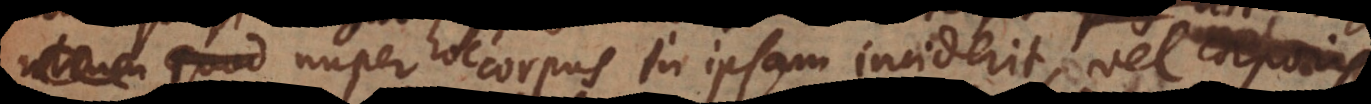
utrum nuper hoc corpus in ipsam inciderit, vel corporis